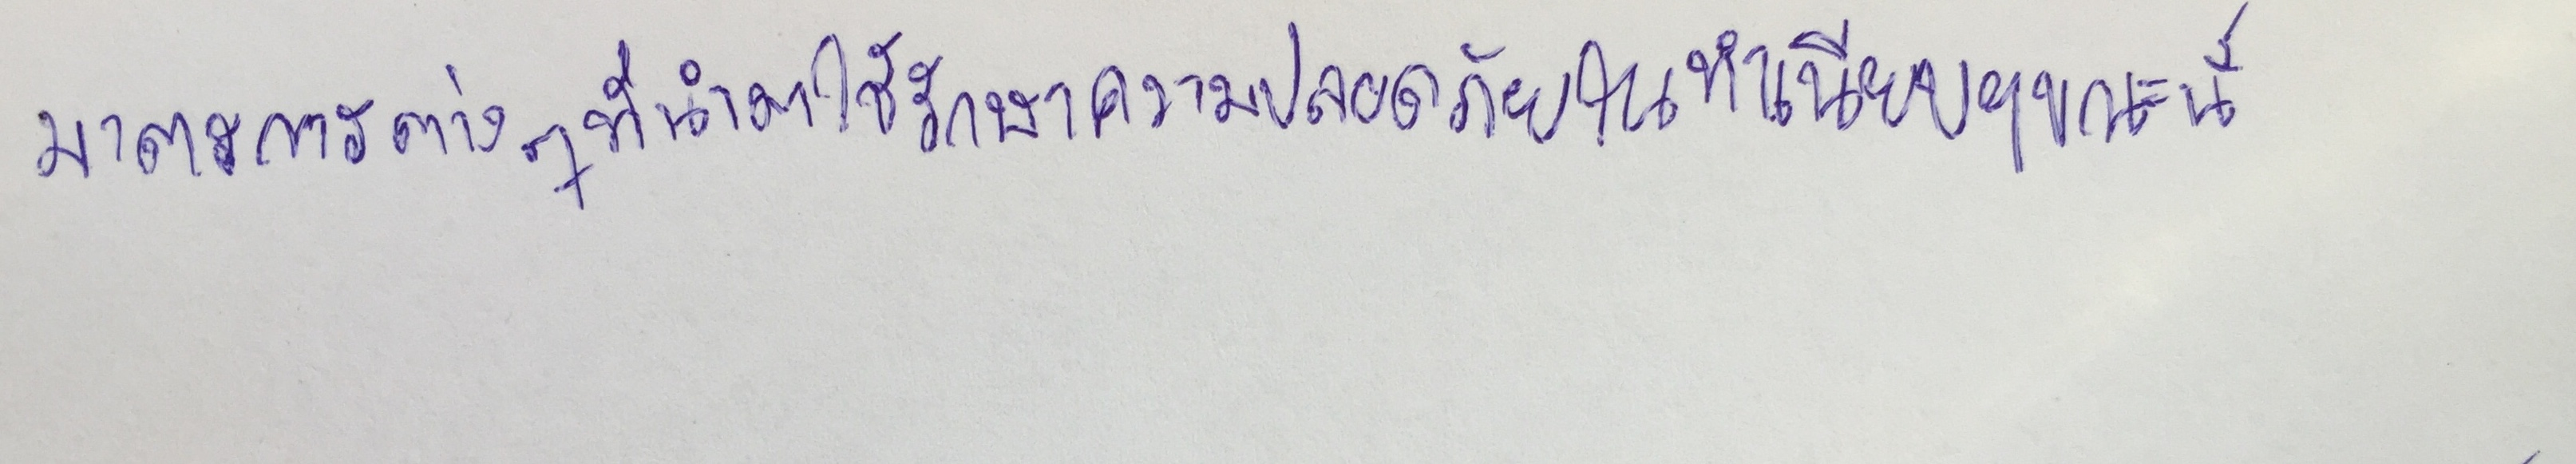
มาตรการต่างๆที่นำมาใช้รักษาความปลอดภัยในทำเนียบฯขณะนี้